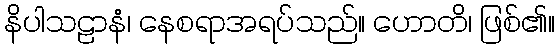
နိပါသဠာနံ၊ နေစရာအရပ်သည်။ ဟောတိ၊ ဖြစ်၏။